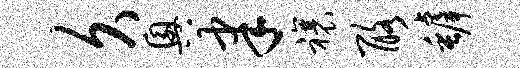
久兴聿禳酪罅